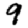
Digit: 9